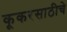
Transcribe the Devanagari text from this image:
कूकरसाठीचे